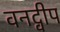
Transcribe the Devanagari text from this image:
वनद्वीप